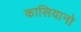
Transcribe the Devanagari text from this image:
कासियानो